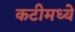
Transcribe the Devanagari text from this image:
कटीमध्ये